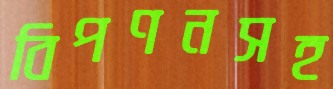
বিপণনসহ